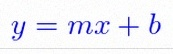
y=mx+b